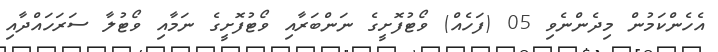
އެހެންކަމުން މިދެންނެވި 05 (ފަހެއް) ވޯޓުފޮށީގެ ނަންބަރާއި ވޯޓުފޮށީގެ ނަމާއި ވޯޓުލާ ސަރަހައްދާއި